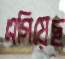
এগিয়েছ